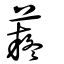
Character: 薿